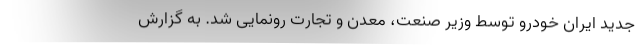
جدید ایران خودرو توسط وزیر صنعت، معدن و تجارت رونمایی شد. به گزارش